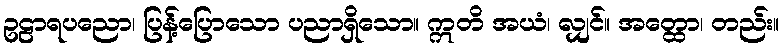
ဥဠာရပညော၊ ပြန့်ပြောသော ပညာရှိသော။ ဣတိ အယံ၊ လျှင်။ အတ္ထော၊ တည်း။